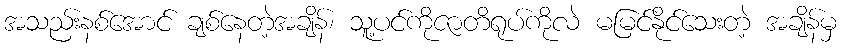
အသည်းနစ်အောင် ချစ်နေတဲ့အချိန်၊ သူ့ပင်ကိုဇာတိရုပ်ကိုလဲ မမြင်နိုင်သေးတဲ့ အချိန်မှ